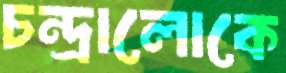
চন্দ্রালোকে